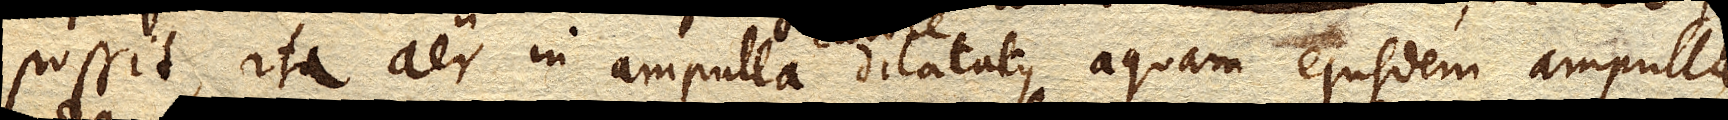
possit, ita aer in ampulla calore dilatatus aquam ejusdem ampullae